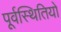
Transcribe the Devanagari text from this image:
पूर्वस्थितियों